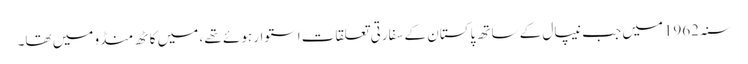
سنہ 1962میں جب نیپال کے ساتھ پاکستان کے سفارتی تعلقات استوار ہوئے تھے ، میں کاٹھ منڈو میں تھا۔